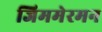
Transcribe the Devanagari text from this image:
जिममेरमन